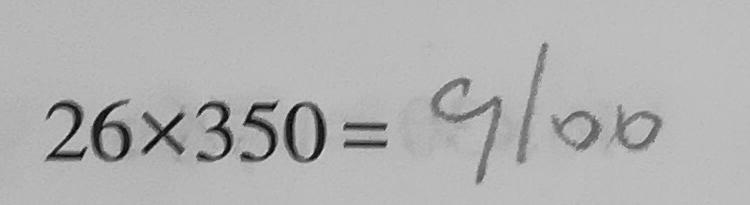
2 6 \times 3 5 0 = 9 1 0 0